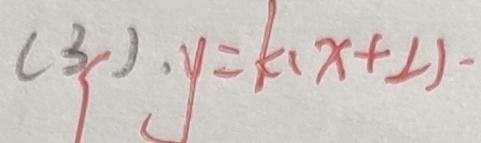
( 3 ) , y = k ( x + 2 ) -